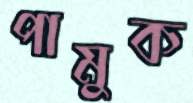
পামুক